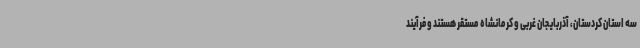
سه استان کردستان، آذربایجان غربی و کرمانشاه مستقر هستند و فرآیند